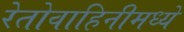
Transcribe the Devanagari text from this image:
रेतोवाहिनीमध्ये